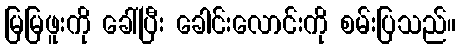
မြမြဖူးကို ခေါ်ပြီး ခေါင်းလောင်းကို စမ်းပြသည်။